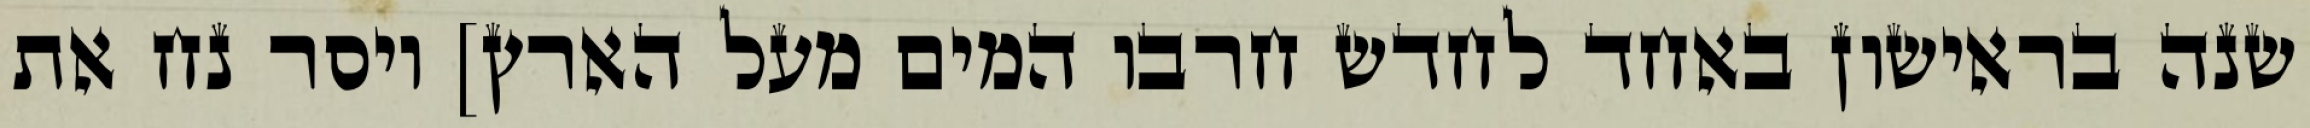
שנה בראישון באחד לחדש חרבו המים מעל הארץ] ויסר נח את